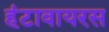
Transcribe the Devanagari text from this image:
हंटावायरस